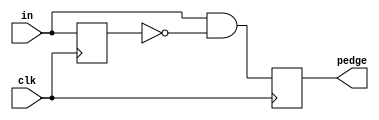
module top_module (
    input clk,
    input [7:0] in,
    output [7:0] pedge
);
    reg [7:0] in_reg;
    always @(posedge clk) begin
        pedge <= in & ~in_reg;
    	in_reg <= in;
    end
endmodule